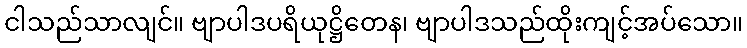
ငါသည်သာလျင်။ ဗျာပါဒပရိယုဋ္ဌိတေန၊ ဗျာပါဒသည်ထိုးကျင့်အပ်သော။